Annual report of the Punjab Veterinary College and of the Civil Veterinary Department, Punjab - 1926-1932
Year: 1926
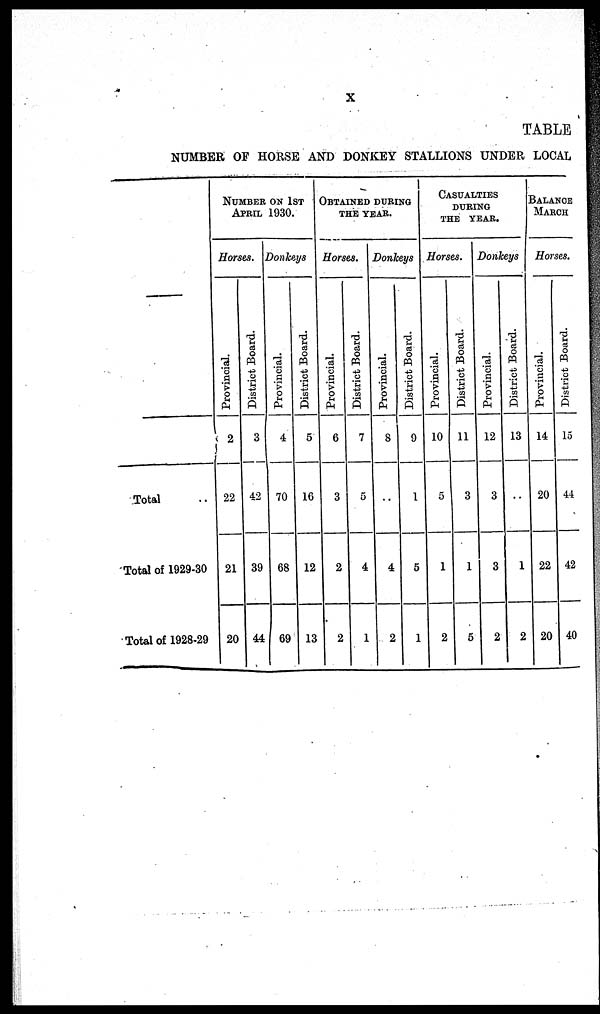
x
TABLE
NUMBER OF HORSE AND DONKEY STALLIONS UNDER LOCAL
—
Total
Total of 1929-30
Total of 1928-29
NUMBER ON 1ST
APRIL 1930.
Horses.
Provincial.
2
22
21
20
District Board.
3
42
39
44
Donkeys
Provincial.
4
70
68
69
District Board.
5
16
12
13
OBTAINED DURING
THE YEAR.
Horses.
Provincial.
6
3
2
2
District Board.
7
5
4
1
Donkeys
Provincial.
8
..
4
2
District Board.
9
1
5
1
CASULTIES
DURING
THE YEAR.
Horses.
Provincial.
10
5
1
2
District Board.
11
3
1
5
Donkeys
Provincial.
12
3
3
2
District Board.
13
..
1
2
BALANCE
MARCH.
Horses.
Provincial.
14
20
22
20
District Board.
15
44
42
40